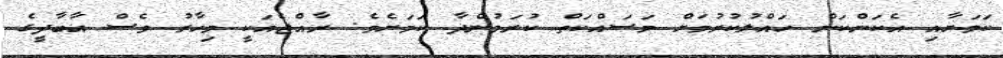
ކަމަށާއި އެކަންކަން ހައްލުކުރުމަށް މަސައްކަތް ކުރަމުންދާ ކަމަށެވެ. ރާއްޖެއަކީ މިހާރު ވެސް އާބާދީގެ